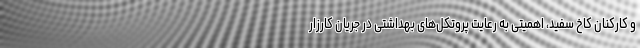
و کارکنان کاخ سفید، اهمیتی به رعایت پروتکل‌های بهداشتی در جریان کارزار